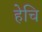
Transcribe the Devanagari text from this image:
हेचि